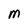
Character: M